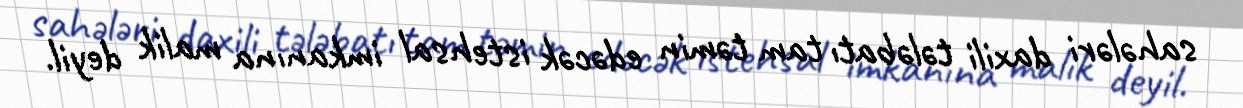
sahələri daxili tələbatı tam təmin edəcək istehsal imkanına malik deyil.